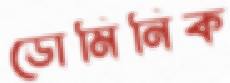
ডোমিনিক